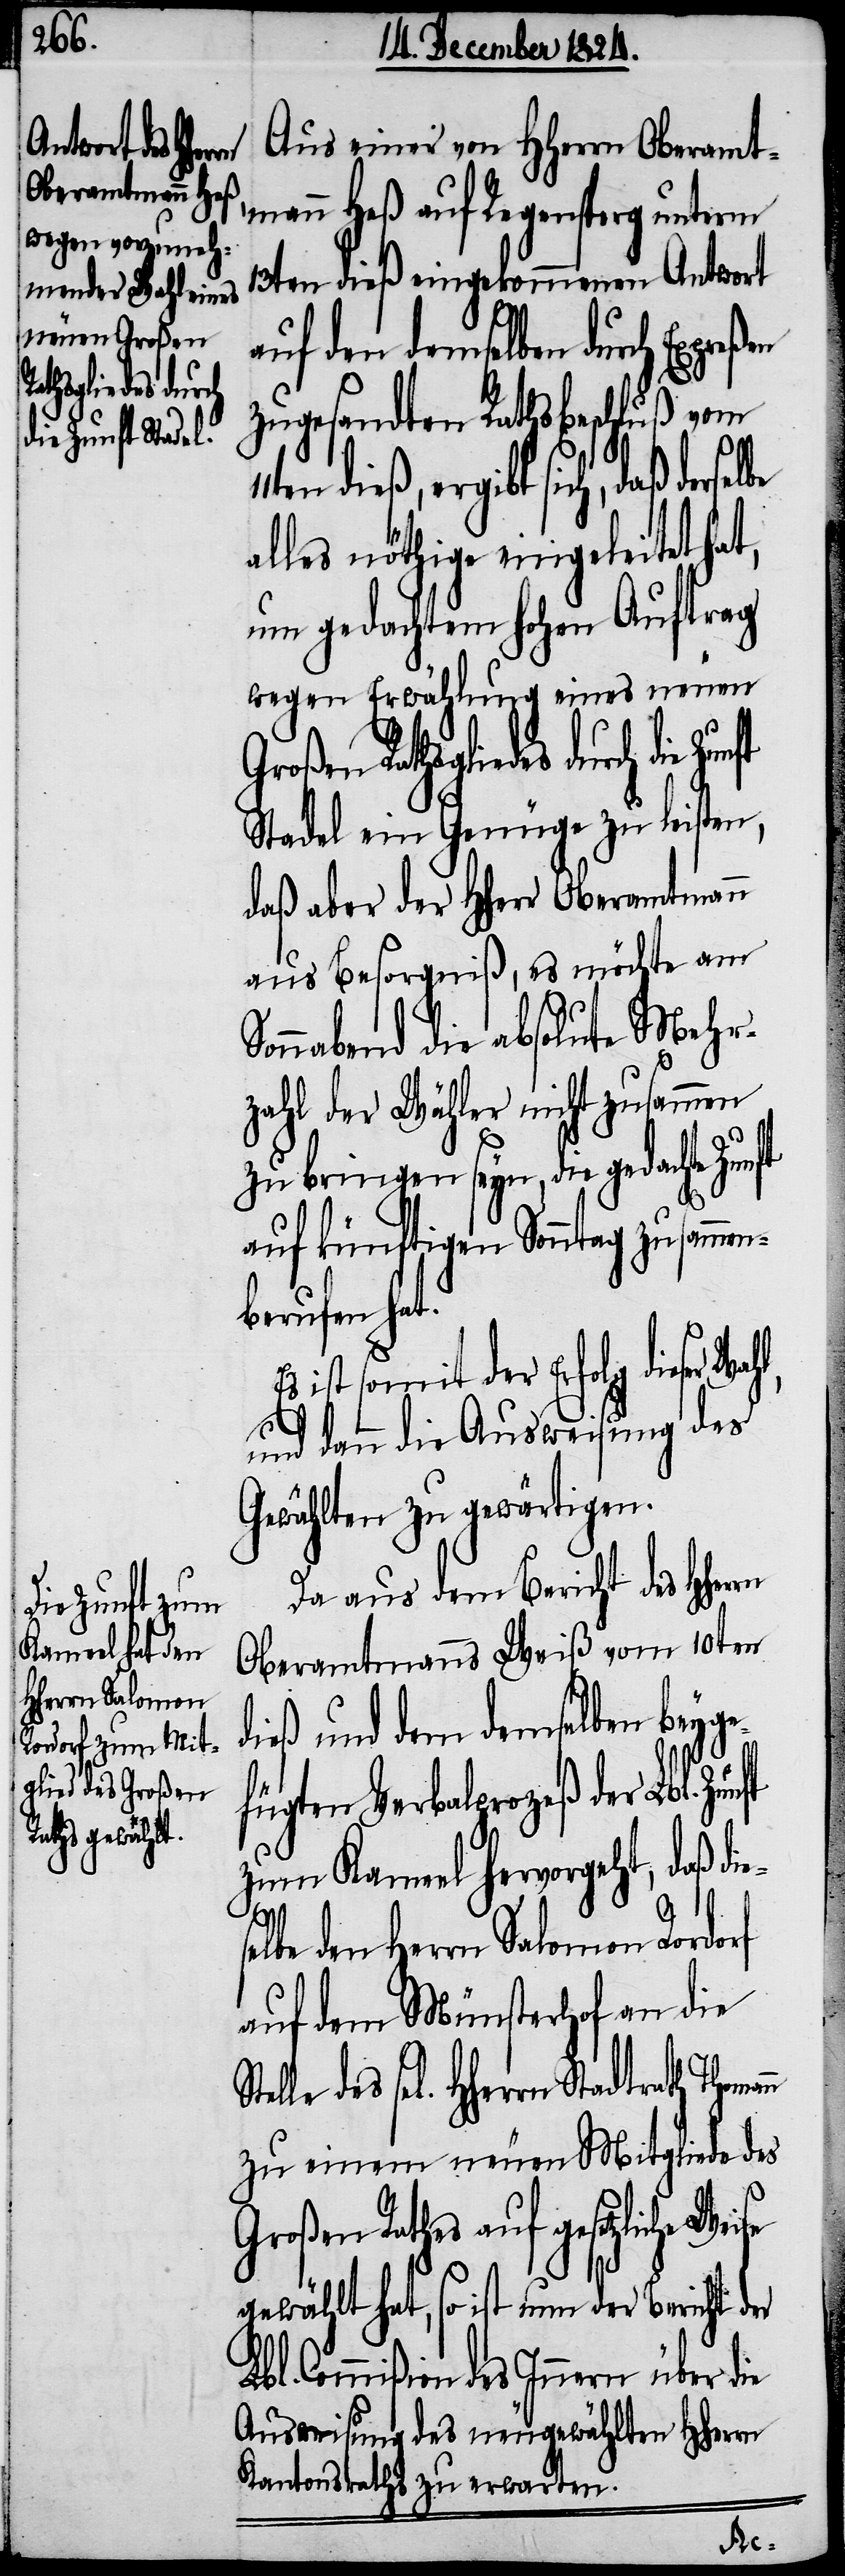
Aus einer von HHerrn Oberamt¬
mann Heß auf Regensperg unterm
13ten dieß eingekommenen Antwort
uf den demselben durch Expre¬
zugesandten Rathsbeschluß vom
ieß, ergibt sich, daß derse¬
alles nöthige eingeleitet hat,
um gedachtem hohen Auftrag
wegen Erwählung eines neuen
Herrn Stadtrath Thomann
Stadel ein Genüge zu leisten,
daß aber der HHerr Oberamtmann
aus Besorgniß, es möchte am
Sonnabend die absolute Mehr¬
zahl der Wähler nicht zusammen
zu bringen seyn, die gedachte Zun¬
auf künftigen Sonntag zusammen¬
berufen hat.
ist somit der Erfolg dieser
und dann die Ausweisung des
Gewählten zu gewärtigen.
Da aus dem Bericht des HHer¬
Oberamtmanns Weiß vom 10ten
dieß und dem demselben beyge¬
fügten Verbalprozeß der Lbl.
zum Kameel hervorgeht, daß di¬
es¬
elbe den Herrn Salomon Rordorf
auf dem Münsterhof an die
zu einem neuen Mitgliede des
roßen Rathes auf gesetzliche
gewählt hat, so ist nun der Bericht der
Lbl. Commißion des Innern über die
Ausweisung des neugewählten HHerrn
Kantonsraths zu erwarten.
Weise